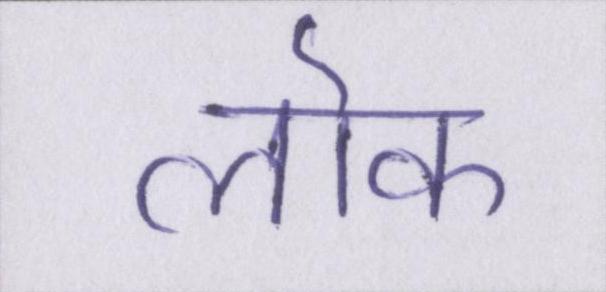
लॊक